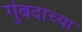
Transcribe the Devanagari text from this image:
गुंबदाच्या